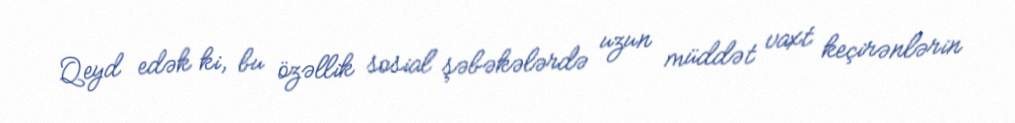
Qeyd edək ki, bu özəllik sosial şəbəkələrdə uzun müddət vaxt keçirənlərin